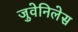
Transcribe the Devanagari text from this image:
जुवेनिलेस